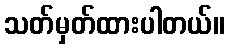
သတ်မှတ်ထားပါတယ်။